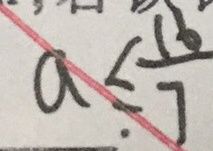
a \leq \frac { 1 6 } { 7 }